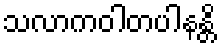
သလာကဝါတပါနန္တိ